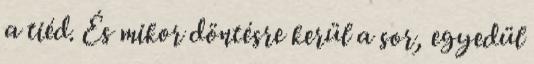
a tiéd. És mikor döntésre kerül a sor, egyedül